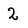
Character: 2